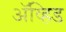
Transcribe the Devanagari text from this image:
अॅव्हिड